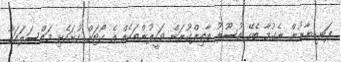
ފަނޑިޔާރުން ނެގުމާ ބެހޭ އުސޫލު ބާތިލްކުރަން ވަކީލުންތަކެއް އެ ކޯޓަށް ހުށަހެޅި މައްސަލައަކާ